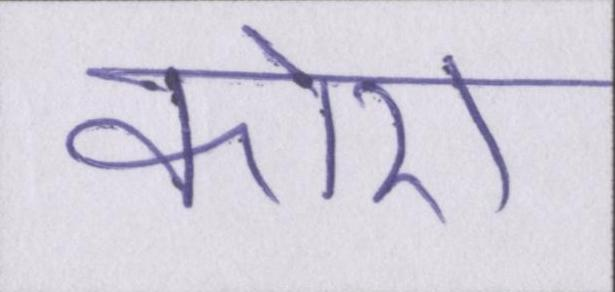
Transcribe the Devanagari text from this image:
कोरा